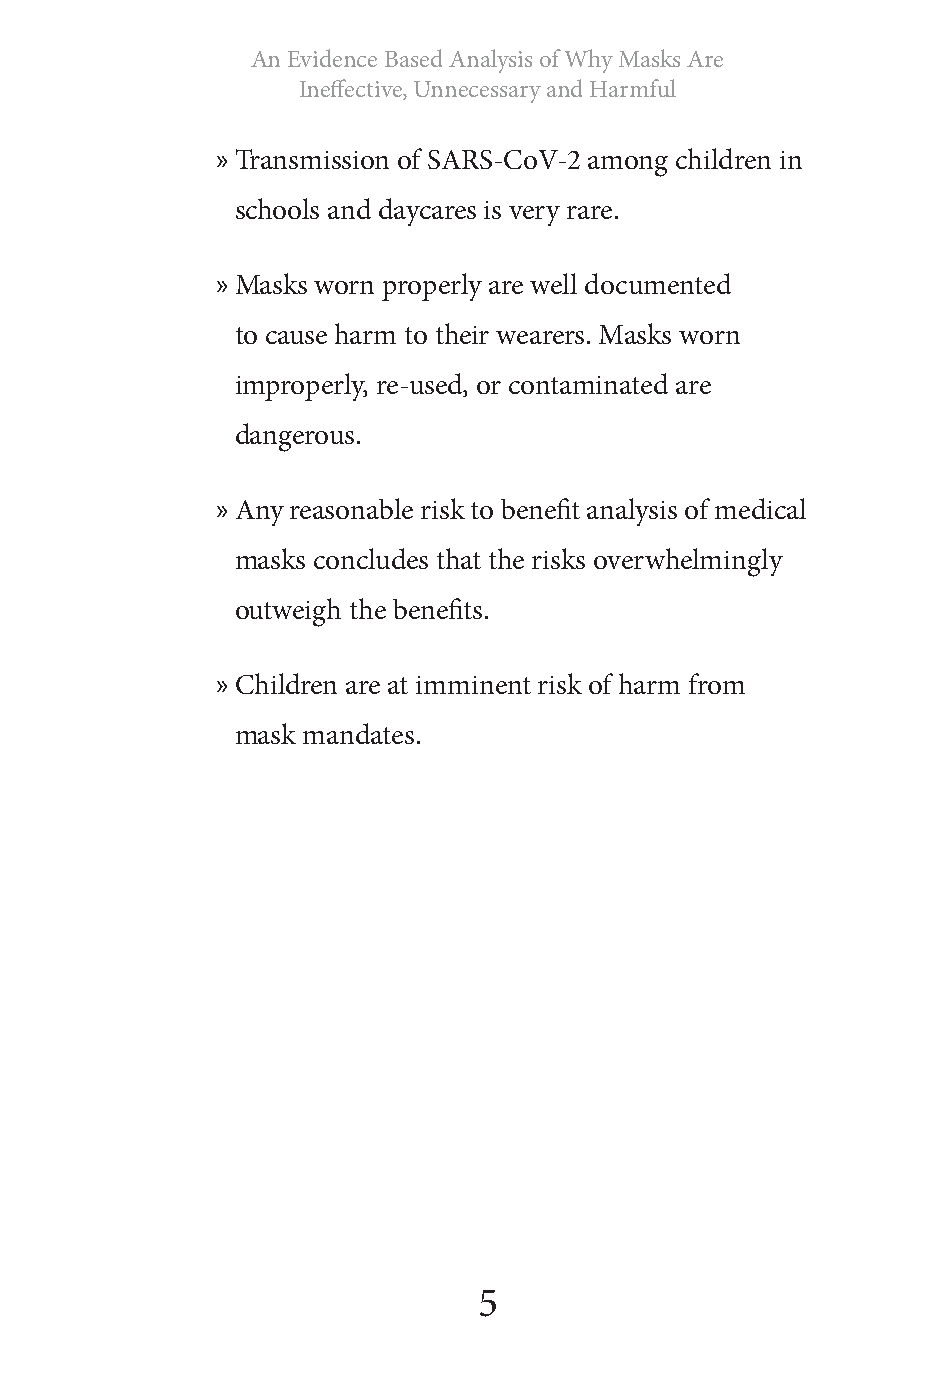
An Evidence Based Analysis of Why Masks Are
 Ineffective, Unnecessary and Harmful
 » Transmission of SARS-CoV-2 among children in
 schools and daycares is very rare.
 » Masks worn properly are well documented
 to cause harm to their wearers. Masks worn
 improperly, re-used, or contaminated are
 dangerous.
 » Any reasonable risk to benefit analysis of medical
 masks concludes that the risks overwhelmingly
 outweigh the benefits.
 » Children are at imminent risk of harm from
 mask mandates.
 5